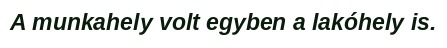
A munkahely volt egyben a lakóhely is.